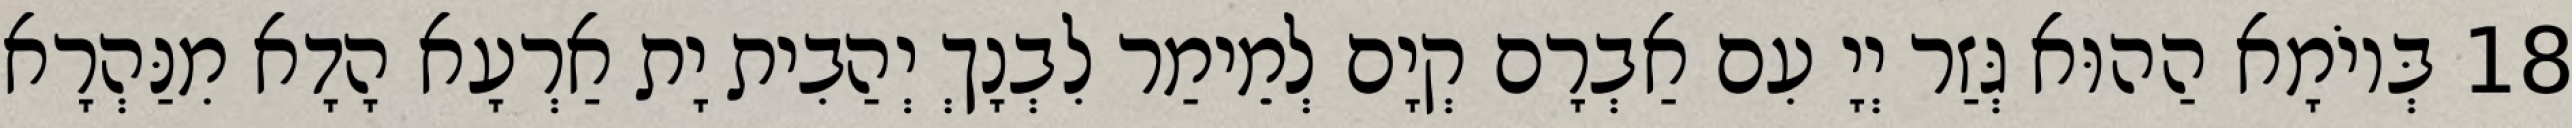
18 בְּיוֹמָא הַהוּא גְּזַר יְיָ עִם אַבְרָם קְיָם לְמֵימַר לִבְנָךְ יְהַבִית יָת אַרְעָא הָדָא מִנַּהְרָא